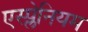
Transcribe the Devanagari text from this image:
एस्प्लेनियम